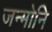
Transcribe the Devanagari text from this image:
जन्मोनि